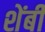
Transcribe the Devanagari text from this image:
शेंबी